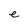
Character: e